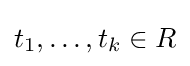
t_{1},\ldots ,t_{k}\in R